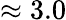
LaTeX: \approx 3.0